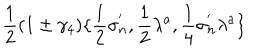
\frac { 1 } { 2 } ( 1 \pm \gamma _ { 4 } ) \{ \frac { 1 } { 2 } \sigma _ { n } ^ { ' } , \frac { 1 } { 2 } \lambda ^ { a } , \frac { 1 } { 4 } \sigma _ { n } ^ { ' } \lambda ^ { a } \}